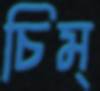
চিম্